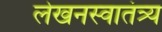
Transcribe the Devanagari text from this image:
लेखनस्वातंत्र्य